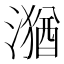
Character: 𱨴